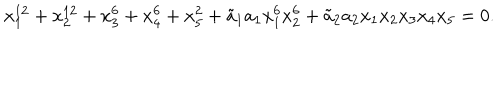
x _ { 1 } ^ { 1 2 } + x _ { 2 } ^ { 1 2 } + x _ { 3 } ^ { 6 } + x _ { 4 } ^ { 6 } + x _ { 5 } ^ { 2 } + { \tilde { a } _ { 1 } } a _ { 1 } x _ { 1 } ^ { 6 } x _ { 2 } ^ { 6 } + { \tilde { a } _ { 2 } } a _ { 2 } x _ { 1 } x _ { 2 } x _ { 3 } x _ { 4 } x _ { 5 } = 0 .